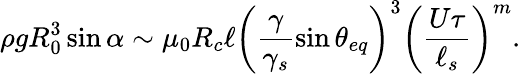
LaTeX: \rho gR_{0}^{3}\sin{\alpha}\sim\mu_{0}R_{c}\ell\left(\frac{\gamma}{\gamma_{s}}\sin{\theta_{eq}}\right)^{3}\left(\frac{U\tau}{\ell_{s}}\right)^{m}.